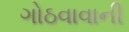
ગોઠવાવાની